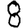
Digit: 8